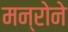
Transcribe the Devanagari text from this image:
मन्रोने